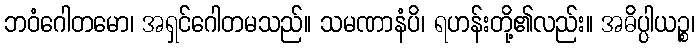
ဘဝံဂေါတမော၊ အရှင်ဂေါတမသည်။ သမဏာနံပိ၊ ရဟန်းတို့၏လည်း။ အဓိပ္ပါယဉ္စ၊